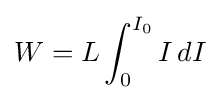
W=L\int _{0}^{I_{0}}I\,dI